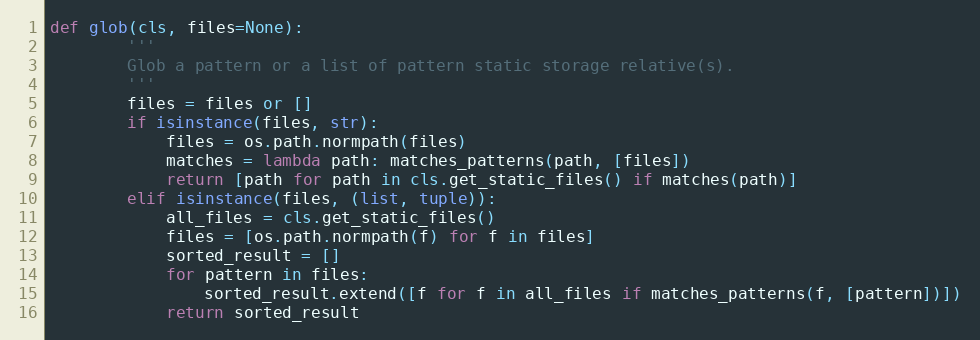
Language: Python
def glob(cls, files=None):
        '''
        Glob a pattern or a list of pattern static storage relative(s).
        '''
        files = files or []
        if isinstance(files, str):
            files = os.path.normpath(files)
            matches = lambda path: matches_patterns(path, [files])
            return [path for path in cls.get_static_files() if matches(path)]
        elif isinstance(files, (list, tuple)):
            all_files = cls.get_static_files()
            files = [os.path.normpath(f) for f in files]
            sorted_result = []
            for pattern in files:
                sorted_result.extend([f for f in all_files if matches_patterns(f, [pattern])])
            return sorted_result